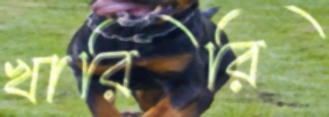
খারিরি